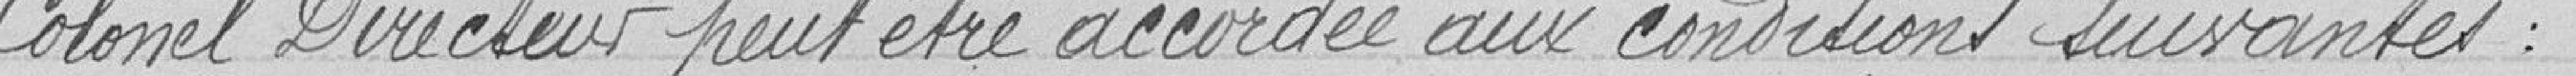
Colonel Directeur peut être accordée aux conditions suivantes :